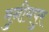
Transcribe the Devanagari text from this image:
मुनीमपुर